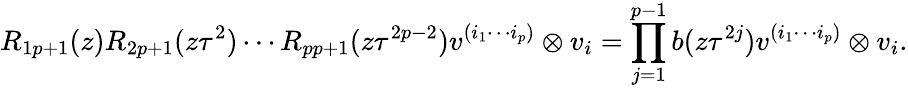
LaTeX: R_{1p+1}(z)R_{2p+1}(z\tau^{2})\cdots R_{pp+1}(z\tau^{2p-2})v^{(i_{1}\cdots i_{p})}\otimes v_{i}=\prod_{j=1}^{p-1}b(z\tau^{2j})v^{(i_{1}\cdots i_{p})}\otimes v_{i}.